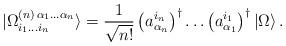
LaTeX: \begin{align*}|\Omega^{(n)\, \alpha_{1} \ldots \alpha_{n}}_{i_{1} \ldots i_{n}} \rangle = \frac{1}{\sqrt{n!}} \left( a_{\alpha_{n}}^{i_{n}} \right)^{\dagger} \ldots \left( a_{\alpha_{1}}^{i_{1}} \right)^{\dagger} |\Omega \rangle \, .\end{align*}